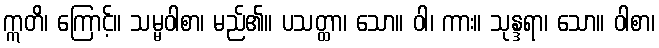
ဣတိ၊ ကြောင့်။ သမ္မဝါစာ၊ မည်၏။ ပသတ္ထာ၊ သော။ ဝါ၊ ကား။ သုန္ဒရာ၊ သော။ ဝါစာ၊